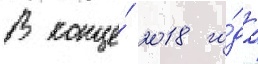
В конце́ 2018 го́да